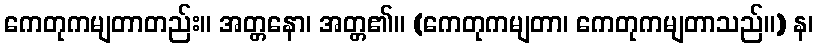
ကေတုကမျတာတည်း။ အတ္တနော၊ အတ္တ၏။ (ကေတုကမျတာ၊ ကေတုကမျတာသည်။) န၊